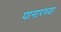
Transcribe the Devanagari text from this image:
पानारच्या